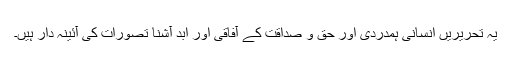
یہ تحریریں انسانی ہمدردی اور حق و صداقت کے آفاقی اور ابد آشنا تصورات کی آئینہ دار ہیں۔